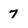
Character: 7